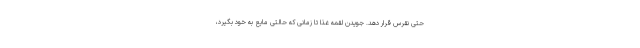
حتی نقرس قرار دهد. جویدن لقمه غذا تا زمانی که حالتی مایع به خود بگیرد،